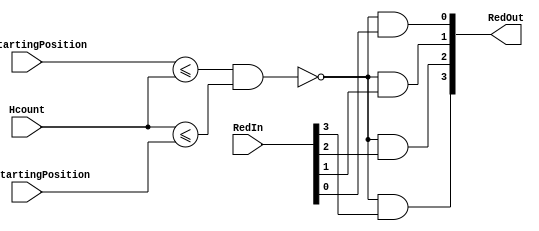
`timescale 1ns / 1ps
//////////////////////////////////////////////////////////////////////////////////
// Company: 
// Engineer: 
// 
// Design Name: 
// Module Name: GapHorizontalComponent
// Project Name: 
// Target Devices: 
// Tool Versions: 
// Description: 
// 
// Dependencies: 
// 
// Revision:
// Revision 0.01 - File Created
// Additional Comments:
// 
//////////////////////////////////////////////////////////////////////////////////


module GapHorizontalComponent(
    input [9:0] Hcount,
    input [3:0] RedIn,
    input [9:0] LeftStartingPosition,
    input [9:0] RightStartingPosition,
    output[3:0] RedOut
    );
    

    
    assign RedOut[3] = ((~((LeftStartingPosition <= Hcount) & (Hcount <= RightStartingPosition))) & RedIn[3]);
    assign RedOut[2] = ((~((LeftStartingPosition <= Hcount) & (Hcount <= RightStartingPosition))) & RedIn[2]);
    assign RedOut[1] = ((~((LeftStartingPosition <= Hcount) & (Hcount <= RightStartingPosition))) & RedIn[1]);
    assign RedOut[0] = ((~((LeftStartingPosition <= Hcount) & (Hcount <= RightStartingPosition))) & RedIn[0]);
endmodule